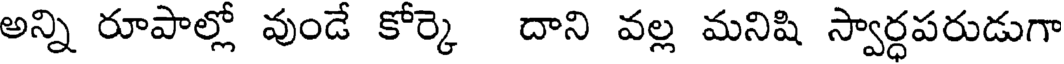
అన్ని రూపాల్లో వుండే కోర్కె దాని వల్ల మనిషి స్వార్ధపరుడుగా